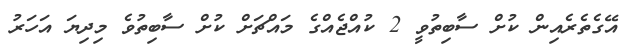
އޭގެތެރެއިން ކުށް ސާބިތުވީ 2 ކުއްޖެއްގެ މައްޗަށް ކުށް ސާބިތުވެ މިދިޔަ އަހަރު